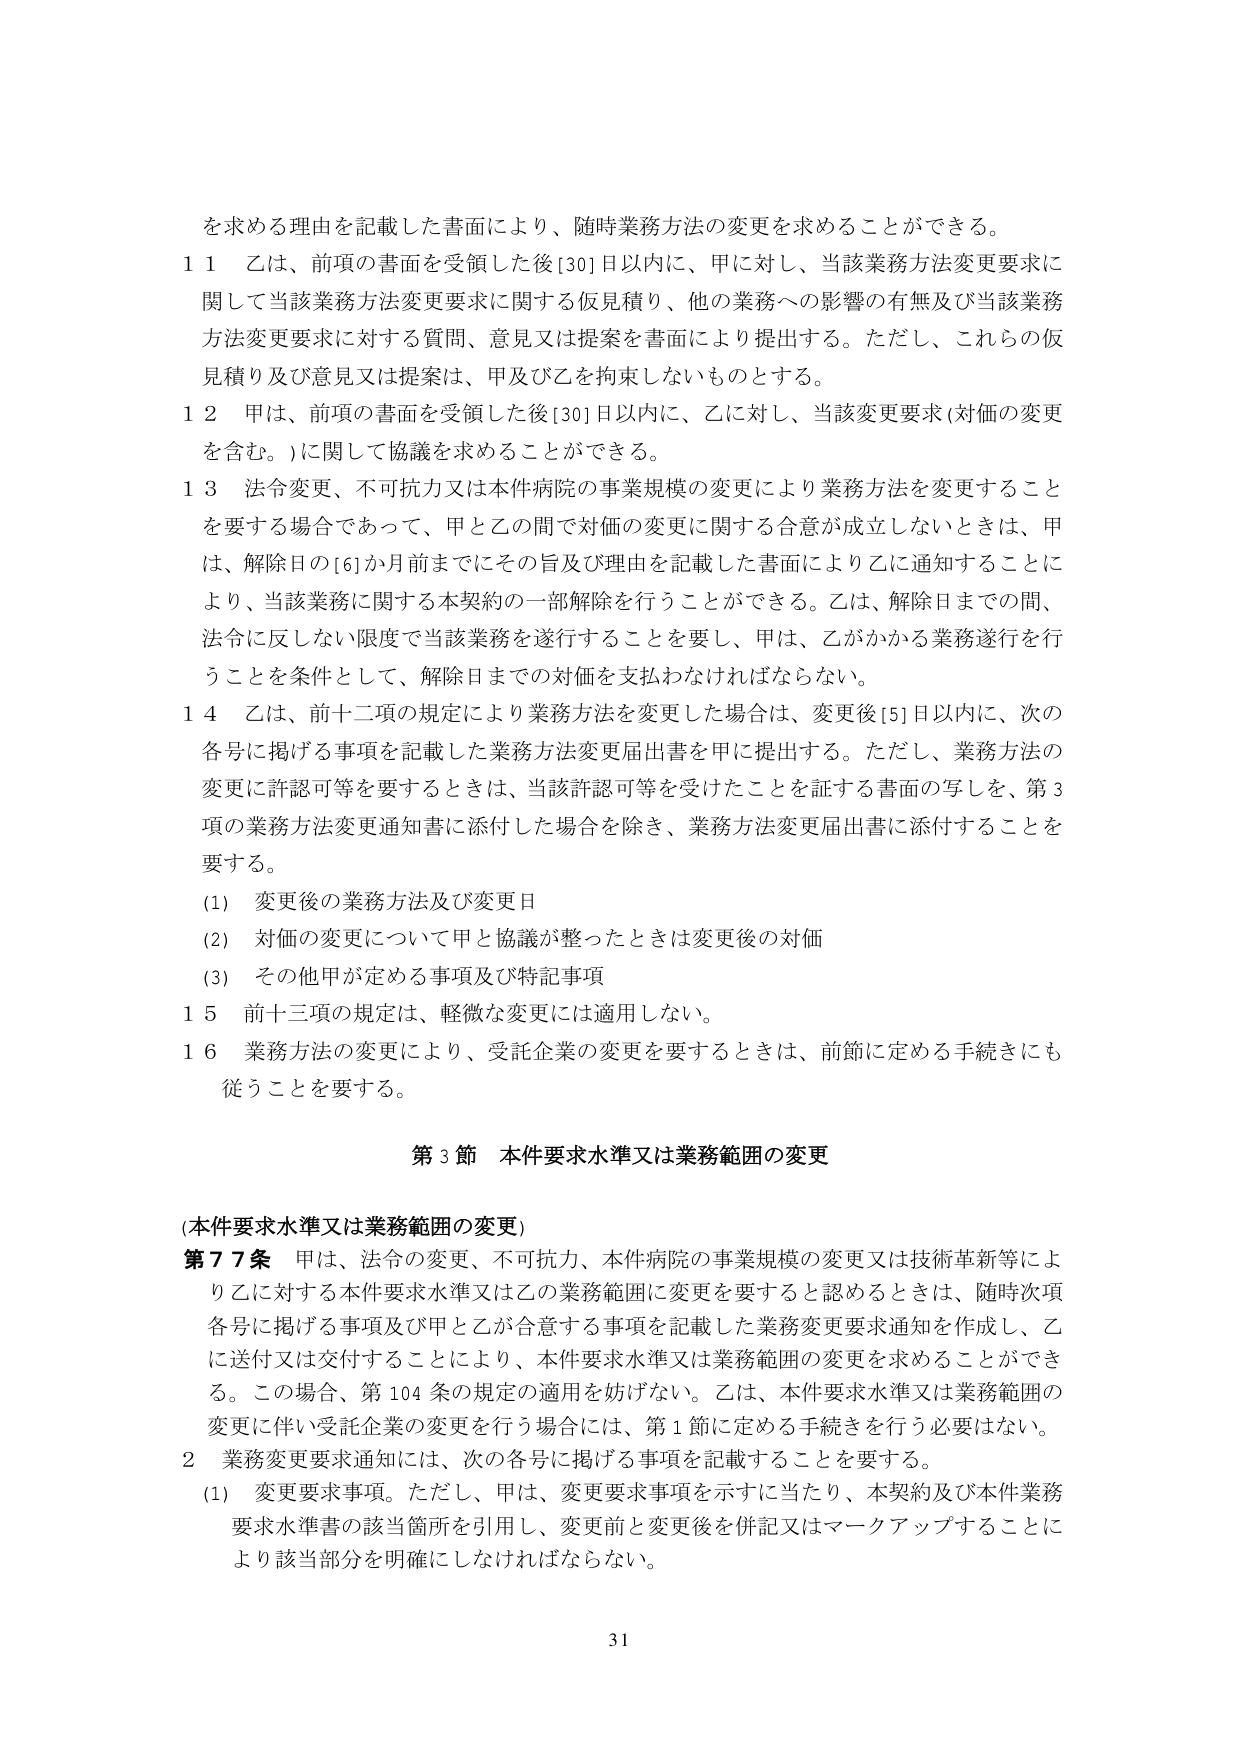
を求める理由を記載した書面により、随時業務方法の変更を求めることができる。

１１ 乙は、前項の書面を受領した後[30]日以内に、甲に対し、当該業務方法変更要求に関して当該業務方法変更要求に関する仮見積り、他の業務への影響の有無及び当該業務方法変更要求に対する質問、意見又は提案を書面により提出する。ただし、これらの仮見積り及び意見又は提案は、甲及び乙を拘束しないものとする。

１２ 甲は、前項の書面を受領した後[30]日以内に、乙に対し、当該変更要求（対価の変更を含む。）に関して協議を求めることができる。

１３ 法令変更、不可抗力又は本件病院の事業規模の変更により業務方法を変更することを要する場合であって、甲と乙の間で対価の変更に関する合意が成立しないときは、甲は、解除日の[6]か月前までにその旨及び理由を記載した書面により乙に通知することにより、当該業務に関する本契約の一部解除を行うことができる。乙は、解除日までの間、法令に反しない限度で当該業務を遂行することを要し、甲は、乙がかかる業務遂行を行うことを条件として、解除日までの対価を支払わなければならない。

１４ 乙は、前十二項の規定により業務方法を変更した場合は、変更後[5]日以内に、次の各号に掲げる事項を記載した業務方法変更届出書を甲に提出する。ただし、業務方法の変更に許認可等を要するときは、当該許認可等を受けたことを証する書面の写しを、第3項の業務方法変更通知書に添付した場合を除き、業務方法変更届出書に添付することを要する。

(1) 変更後の業務方法及び変更日
(2) 対価の変更について甲と協議が整ったときは変更後の対価
(3) その他甲が定める事項及び特記事項

１５ 前十三項の規定は、軽微な変更には適用しない。

１６ 業務方法の変更により、受託企業の変更を要するときは、前節に定める手続きにも従うことを要する。

第3節 本件要求水準又は業務範囲の変更

（本件要求水準又は業務範囲の変更）

第77条 甲は、法令の変更、不可抗力、本件病院の事業規模の変更又は技術革新等により乙に対する本件要求水準又は乙の業務範囲に変更を要すると認めるときは、随時次項各号に掲げる事項及び甲と乙が合意する事項を記載した業務変更要求通知を作成し、乙に送付又は交付することにより、本件要求水準又は業務範囲の変更を求めることができる。この場合、第104条の規定の適用を妨げない。乙は、本件要求水準又は業務範囲の変更に伴い受託企業の変更を行う場合には、第1節に定める手続きを行う必要はない。

２ 業務変更要求通知には、次の各号に掲げる事項を記載することを要する。

(1) 変更要求事項。ただし、甲は、変更要求事項を示すに当たり、本契約及び本件業務要求水準書の該当箇所を引用し、変更前と変更後を併記又はマークアップすることにより該当部分を明確にしなければならない。

31